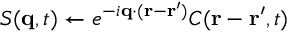
S ( \mathbf { q } , t ) \gets e ^ { - i \mathbf { q } \cdot ( \mathbf { r } - \mathbf { r ^ { \prime } } ) } C ( \mathbf { r } - \mathbf { r ^ { \prime } } , t )